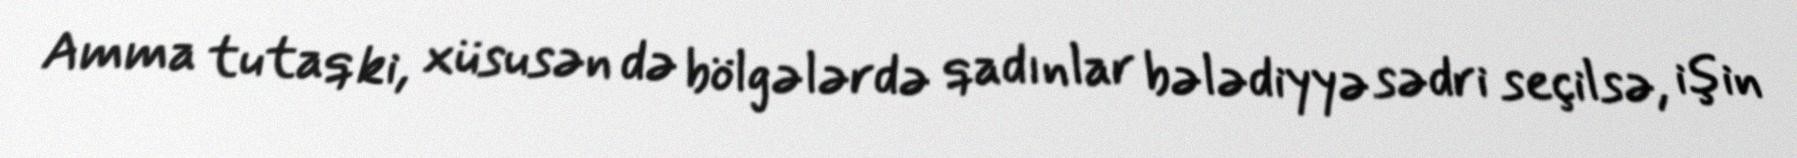
Amma tutaq ki, xüsusən də bölgələrdə qadınlar bələdiyyə sədri seçilsə, işin